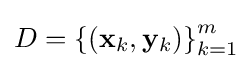
D=\left\{(\mathbf {x} _{k},\mathbf {y} _{k})\right\}_{k=1}^{m}